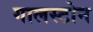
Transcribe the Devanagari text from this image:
गालस्टोन